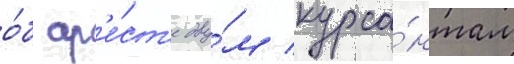
о́б ар'е́ст'е дву́м курса́нтам